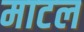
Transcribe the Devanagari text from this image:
माटल